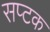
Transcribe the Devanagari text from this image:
सप्टक